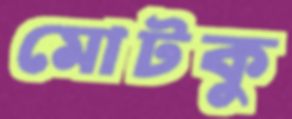
মোটকু